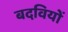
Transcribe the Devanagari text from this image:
बदवियों